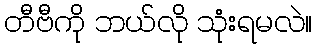
တီဗီကို ဘယ်လို သုံးရမလဲ။